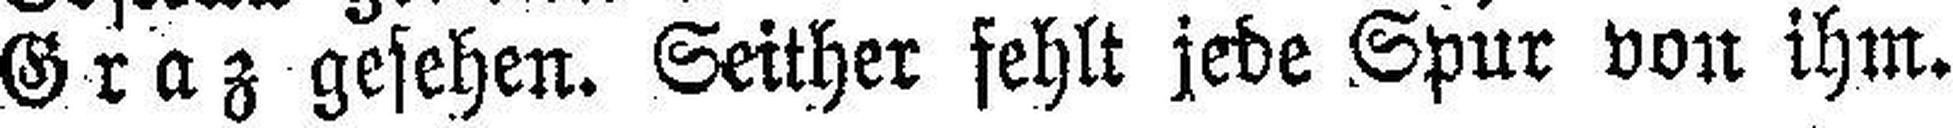
Graz gesehen. Seither fehlt jede Spur von ihm.